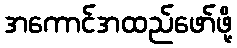
အကောင်အထည်ဖော်ဖို့